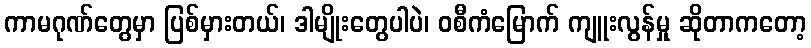
ကာမဂုဏ်တွေမှာ ပြစ်မှားတယ်၊ ဒါမျိုးတွေပါပဲ၊ ဝစီကံမြောက် ကျူးလွန်မှု ဆိုတာကတော့